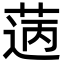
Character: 𦳭